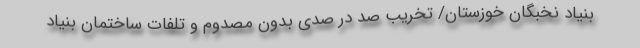
بنیاد نخبگان خوزستان/ تخریب صد در صدی بدون مصدوم و تلفات ساختمان بنیاد